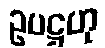
ဥပဋ္ဌဟု